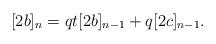
LaTeX: \begin{align*}[2b]_n = qt[2b]_{n-1} + q [2c]_{n-1}.\end{align*}